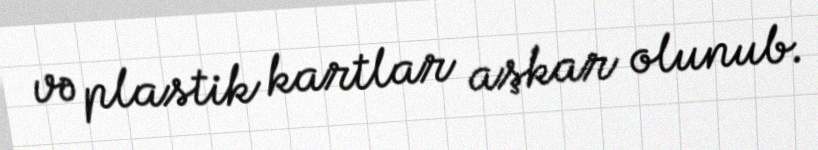
və plastik kartlar aşkar olunub.